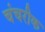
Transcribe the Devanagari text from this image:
चंचरीक